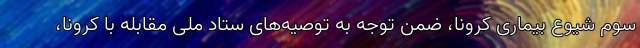
سوم شیوع بیماری کرونا، ضمن توجه به توصیه‌های ستاد ملی مقابله با کرونا،